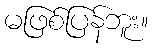
မဖြစ်ပြန်ဘူး။